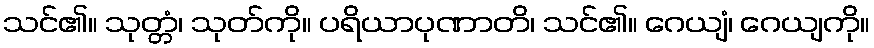
သင်၏။ သုတ္တံ၊ သုတ်ကို။ ပရိယာပုဏာတိ၊ သင်၏။ ဂေယျံ၊ ဂေယျကို။